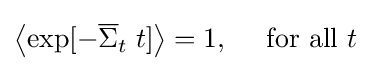
\left\langle {\exp[-{\overline {\Sigma }}_{t}\;t]}\right\rangle =1,\quad {\text{ for all }}t